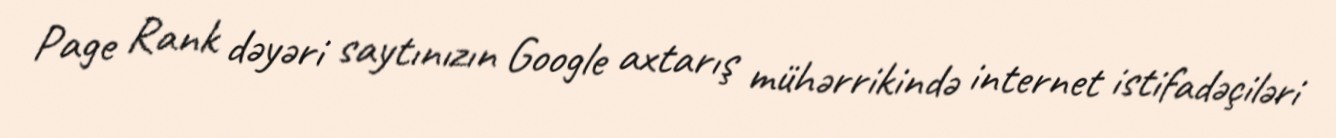
Page Rank dəyəri saytınızın Google axtarış mühərrikində internet istifadəçiləri